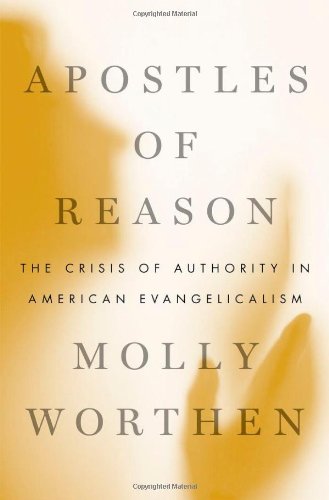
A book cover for Apostles of Reason: The Crisis of Authority in American Evangelicalism; Molly Worthen; Christian Books & Bibles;